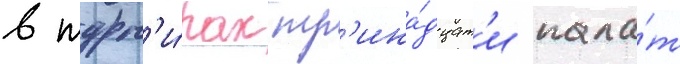
в турн'и́рах тр'ина́дцат'и пала́т